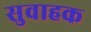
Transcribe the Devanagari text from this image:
सुवाहक